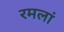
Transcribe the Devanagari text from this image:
रमलां